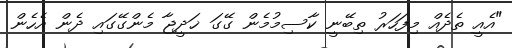
"އެއީ ތެދެއް މިފަހަރު ތިބޭނީ ކާސިމުމެން ގޭގަ ޚަދީޖާ މެންގޭގައި ދެން އެހެން